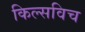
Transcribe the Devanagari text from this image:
किल्सविच